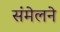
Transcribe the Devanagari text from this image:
संंमेलने